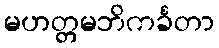
မဟတ္တမဘိကင်္ခတာ